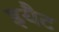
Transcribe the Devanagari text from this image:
इयैट